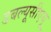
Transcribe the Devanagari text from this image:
डबल्यूसीएयू